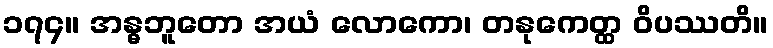
၁၇၄။ အန္ဓဘူတော အယံ လောကော၊ တနုကေတ္ထ ဝိပဿတိ။